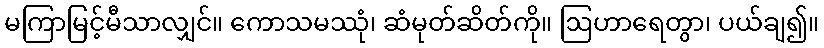
မကြာမြင့်မီသာလျှင်။ ကောသမဿုံ၊ ဆံမုတ်ဆိတ်ကို။ ဩဟာရေတွာ၊ ပယ်ချ၍။